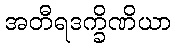
အတီရဒက္ခိဏိယာ